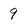
Character: 9